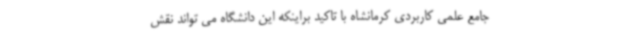
جامع علمی کاربردی کرمانشاه با تاکید براینکه این دانشگاه می تواند نقش